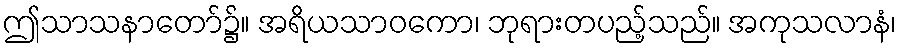
ဤသာသနာတော်၌။ အရိယသာဝကော၊ ဘုရားတပည့်သည်။ အကုသလာနံ၊